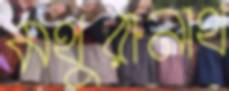
মথুরানাথ